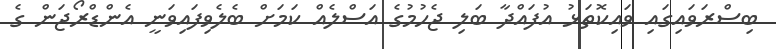
ބިސްރަވައިގައި ވައިކޮތަޅު އުފައްދާ ބަލި ޖެހުމުގެ އަސްލެއް ކަމަށް ބެލެވިފައިވަނީ އެންޑްރޯޖަން ގެ